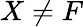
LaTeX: X\neq F